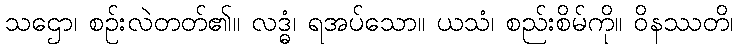
သဌော၊ စဉ်းလဲတတ်၏။ လဒ္ဓံ၊ ရအပ်သော။ ယသံ၊ စည်းစိမ်ကို။ ဝိနဿတိ၊